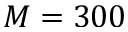
M = 3 0 0